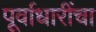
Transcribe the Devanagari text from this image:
पूर्वाधारींचा